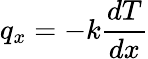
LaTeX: q_{x}=-k{\frac{dT}{dx}}